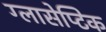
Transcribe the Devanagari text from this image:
ग्लासेप्टिक